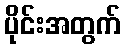
ပိုင်းအတွက်